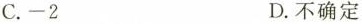
C.-2 D.不确定